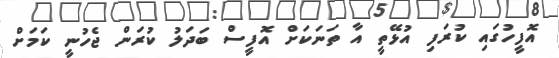
އޮފީހުގައި ކުރަފި އުޅޭތީ އާ ތަނަކަށް އޮފީސް ބަދަލު ކުރަން ޖެހުނީ ކަމަށް